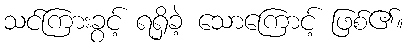
သင်ကြားခွင့် ရရှိခဲ့ သောကြောင့် ဖြစ်၏။